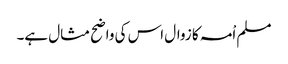
مسلم اْمہ کا زوال اس کی واضح مثال ہے۔